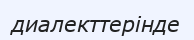
диалекттерінде